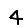
Digit: 4